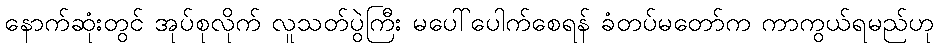
နောက်ဆုံးတွင် အုပ်စုလိုက် လူသတ်ပွဲကြီး မပေါ်ပေါက်စေရန် ခံတပ်မတော်က ကာကွယ်ရမည်ဟု